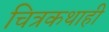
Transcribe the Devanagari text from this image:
चित्रकथाही